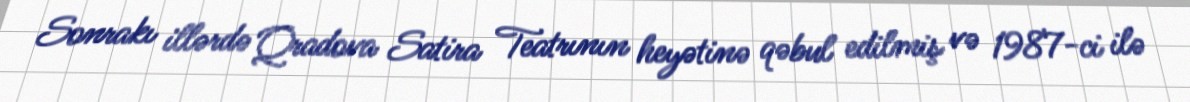
Sonrakı illərdə Qradova Satira Teatrının heyətinə qəbul edilmiş və 1987-ci ilə